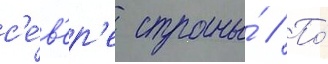
с'е́в'ер'е страны́ // По́